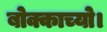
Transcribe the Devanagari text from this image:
बोक्काच्यो।